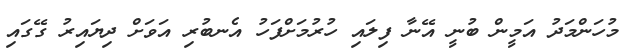
މުހަންމަދު އަމީން ބުނީ އޭނާ ފިލައި ހުރުމަށްފަހު އެނބުރި އަވަށް ދިޔައިރު ގޭގައި